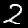
Digit: 2